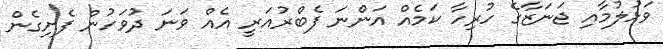
ވަޅުލުމާއި ޖަނަޒާގެ ހުރިހާ ކަމެއް އަންނަ ފެބްރުއަރީ އެއް ވަނަ ދުވަހުން ފެށިގެން